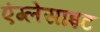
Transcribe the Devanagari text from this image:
एंग्लेसाइट